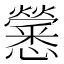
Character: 𢥒